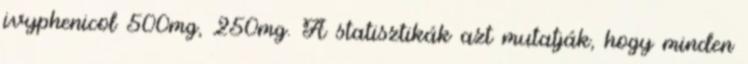
ivyphenicol 500mg, 250mg. A statisztikák azt mutatják, hogy minden